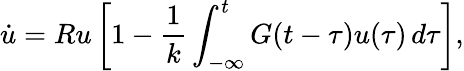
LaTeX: \dot{u}=Ru\left[1-{\frac{1}{k}}\int_{-\infty}^{t}G(t-\tau)u(\tau)\, d\tau\right],